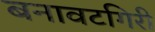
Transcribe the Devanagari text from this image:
बनावटगिरी